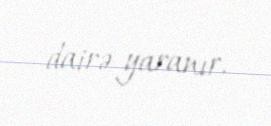
dairə yaranır.